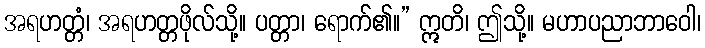
အရဟတ္တံ၊ အရဟတ္တဖိုလ်သို့။ ပတ္တာ၊ ရောက်၏။” ဣတိ၊ ဤသို့။ မဟာပညာဘာဝေါ၊